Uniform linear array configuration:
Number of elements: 8
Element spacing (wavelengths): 0.25
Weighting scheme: blackman
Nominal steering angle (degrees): -45
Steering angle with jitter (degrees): -46.618
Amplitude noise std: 0.05
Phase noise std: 0.05

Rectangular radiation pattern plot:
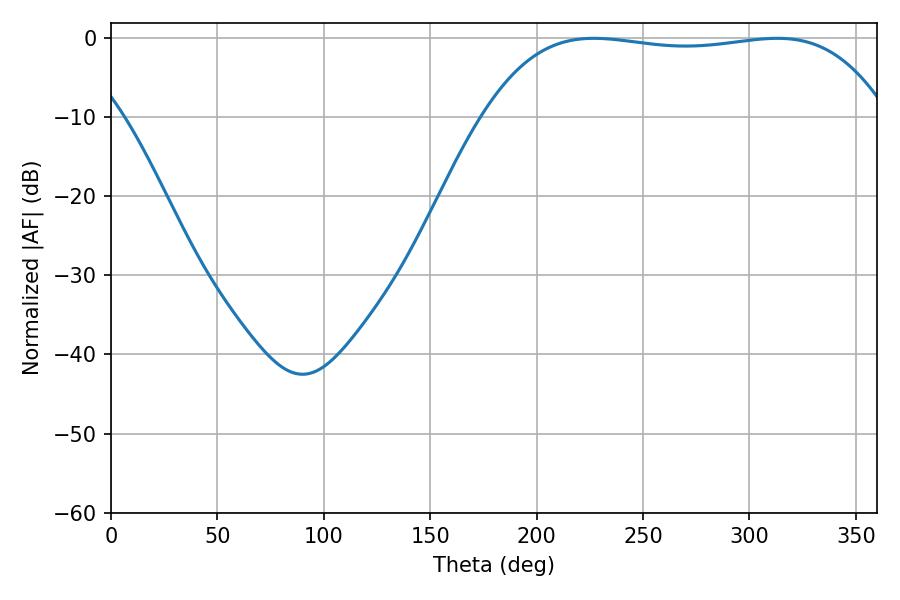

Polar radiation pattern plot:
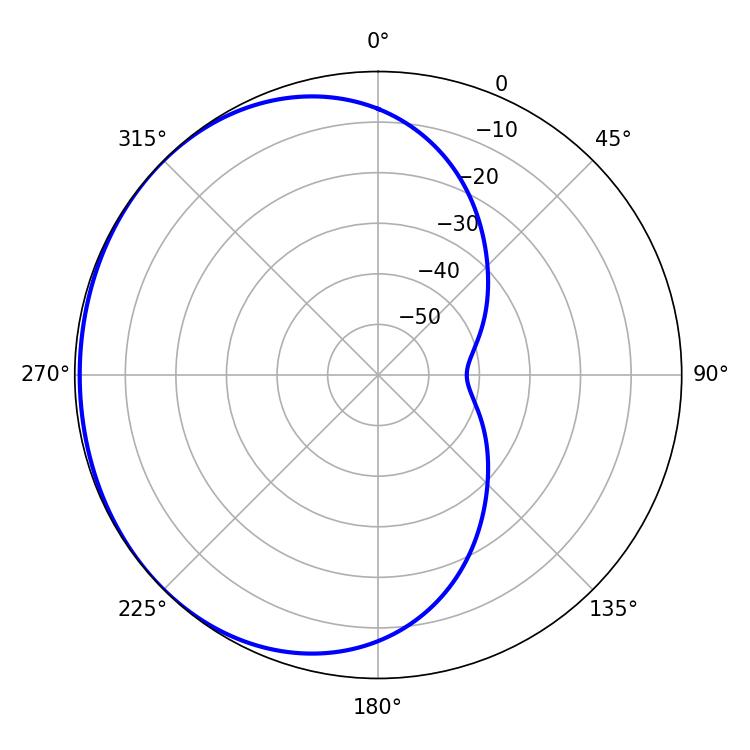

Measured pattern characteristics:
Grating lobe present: FALSE
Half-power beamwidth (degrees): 149.76
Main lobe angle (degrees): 313.02